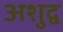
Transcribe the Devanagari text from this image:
अशुद्व